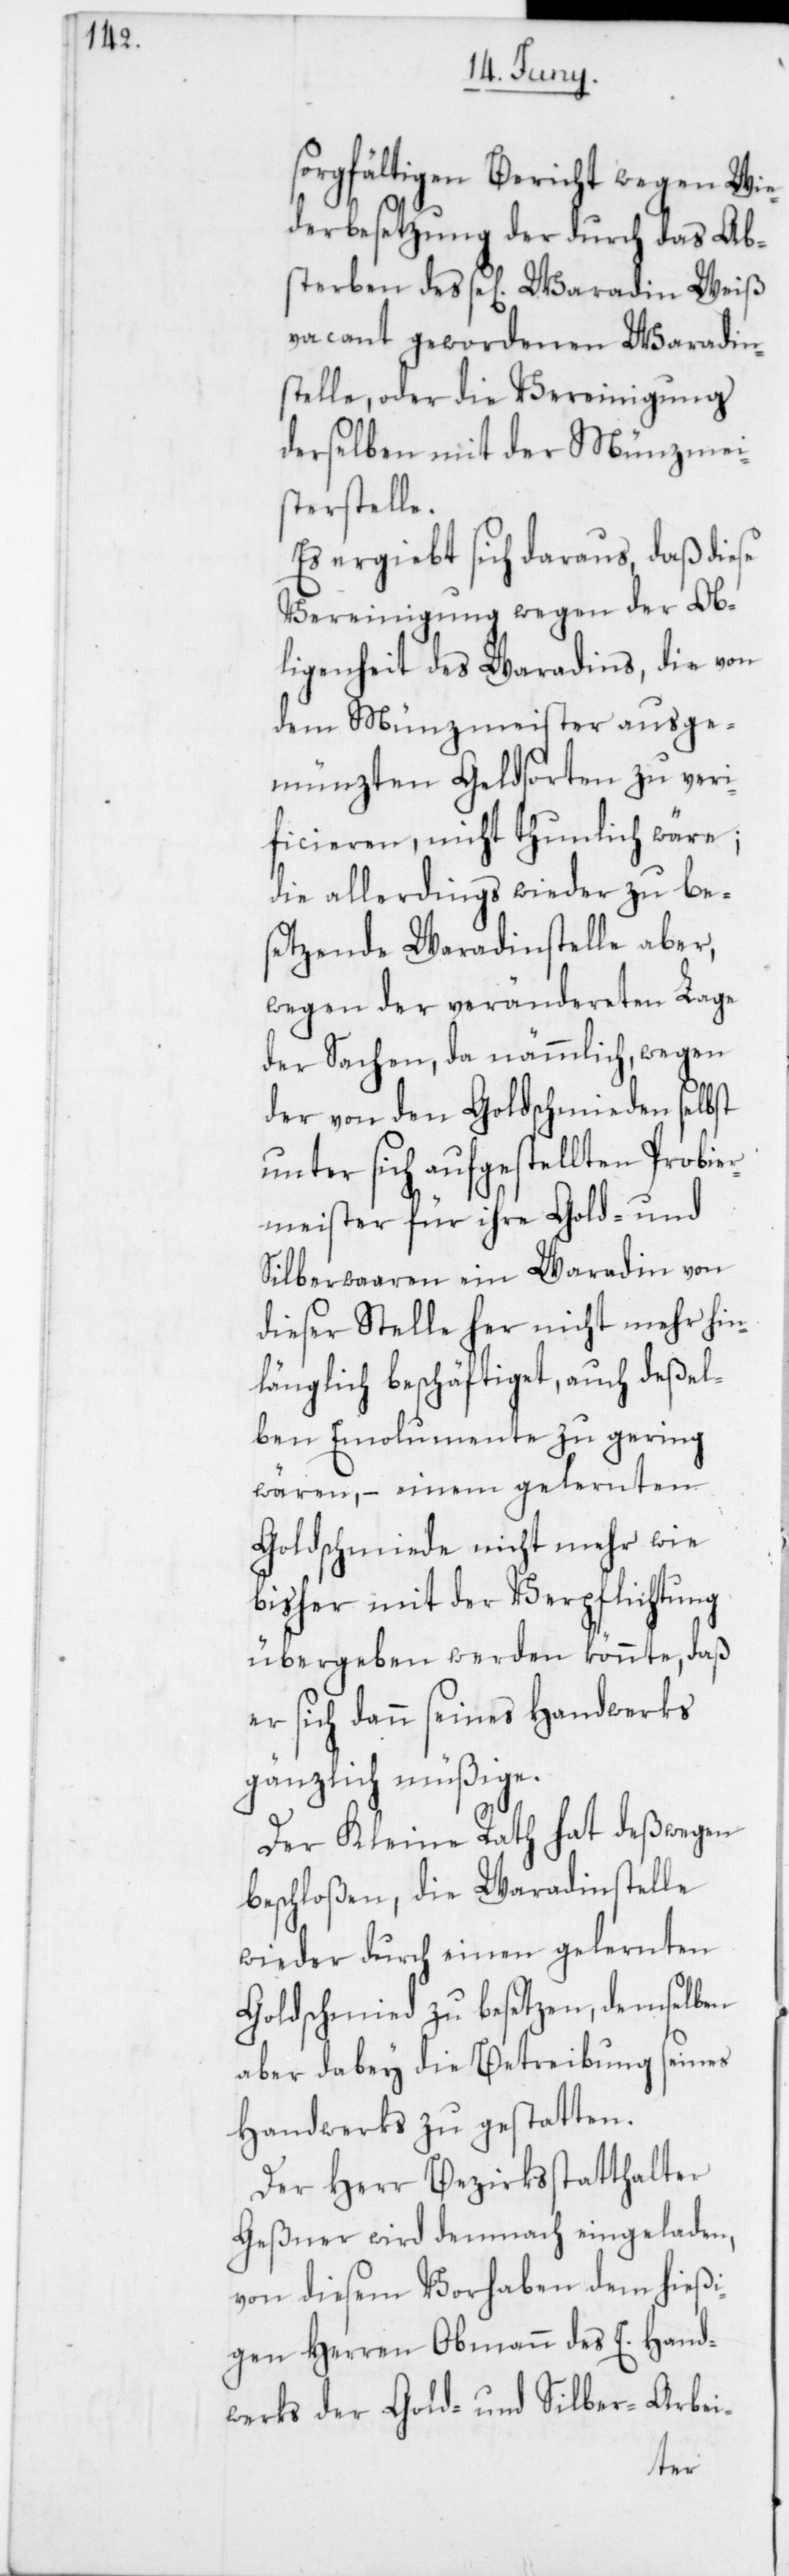
sorgfältigen Bericht wegen Wie¬
derbesetzung der durch das Ab¬
sterben des se[ligen] Waradin Weiß
vacant gewordenen Waradin¬
stelle, oder die Vereinigung
derselben mit der Münzmei¬
sterstelle.
Es ergiebt sich daraus, daß diese
Vereinigung wegen der Ob¬
ligenheit des Waradins, die von
dem Münzmeister ausge¬
münzten Geldsorten zu veri¬
ficieren, nicht thunlich wäre;
die allerdings wieder zu be¬
setzende Waradinstelle aber,
wegen der verändereten Lage
der Sachen, da nämmlich, wegen
der von den Goldschmieden selbst
unter sich aufgestellten Probier¬
meister für ihre Gold- und
Silberwaaren ein Waradin von
dieser Stelle her nicht mehr hin¬
länglich beschäftiget, auch deßel¬
ben Emolumente zu gering
wären, – einem gelernten
Golschmiede nicht mehr wie
bisher mit der Verpflichtung
übergeben werden könnte, daß
er sich dann seines Handwerks
gänzlich müßige.
Der Kleine Rath hat deßwegen
beschloßen, die Waradinstelle
wieder durch einen gelernten
Goldschmied zu besetzen, demselben
aber dabey die Betreibung seines
Handwerks zu gestatten.
Der Herr Bezirksstatthalter
Geßner wird demnach eingeladen,
von diesem Vorhaben dem hießi¬
gen Herren Obmann des E. Hand¬
werks der Gold- und Silber-Arbei-